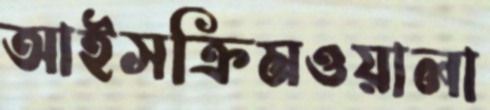
আইসক্রিমওয়ালা